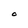
Character: O